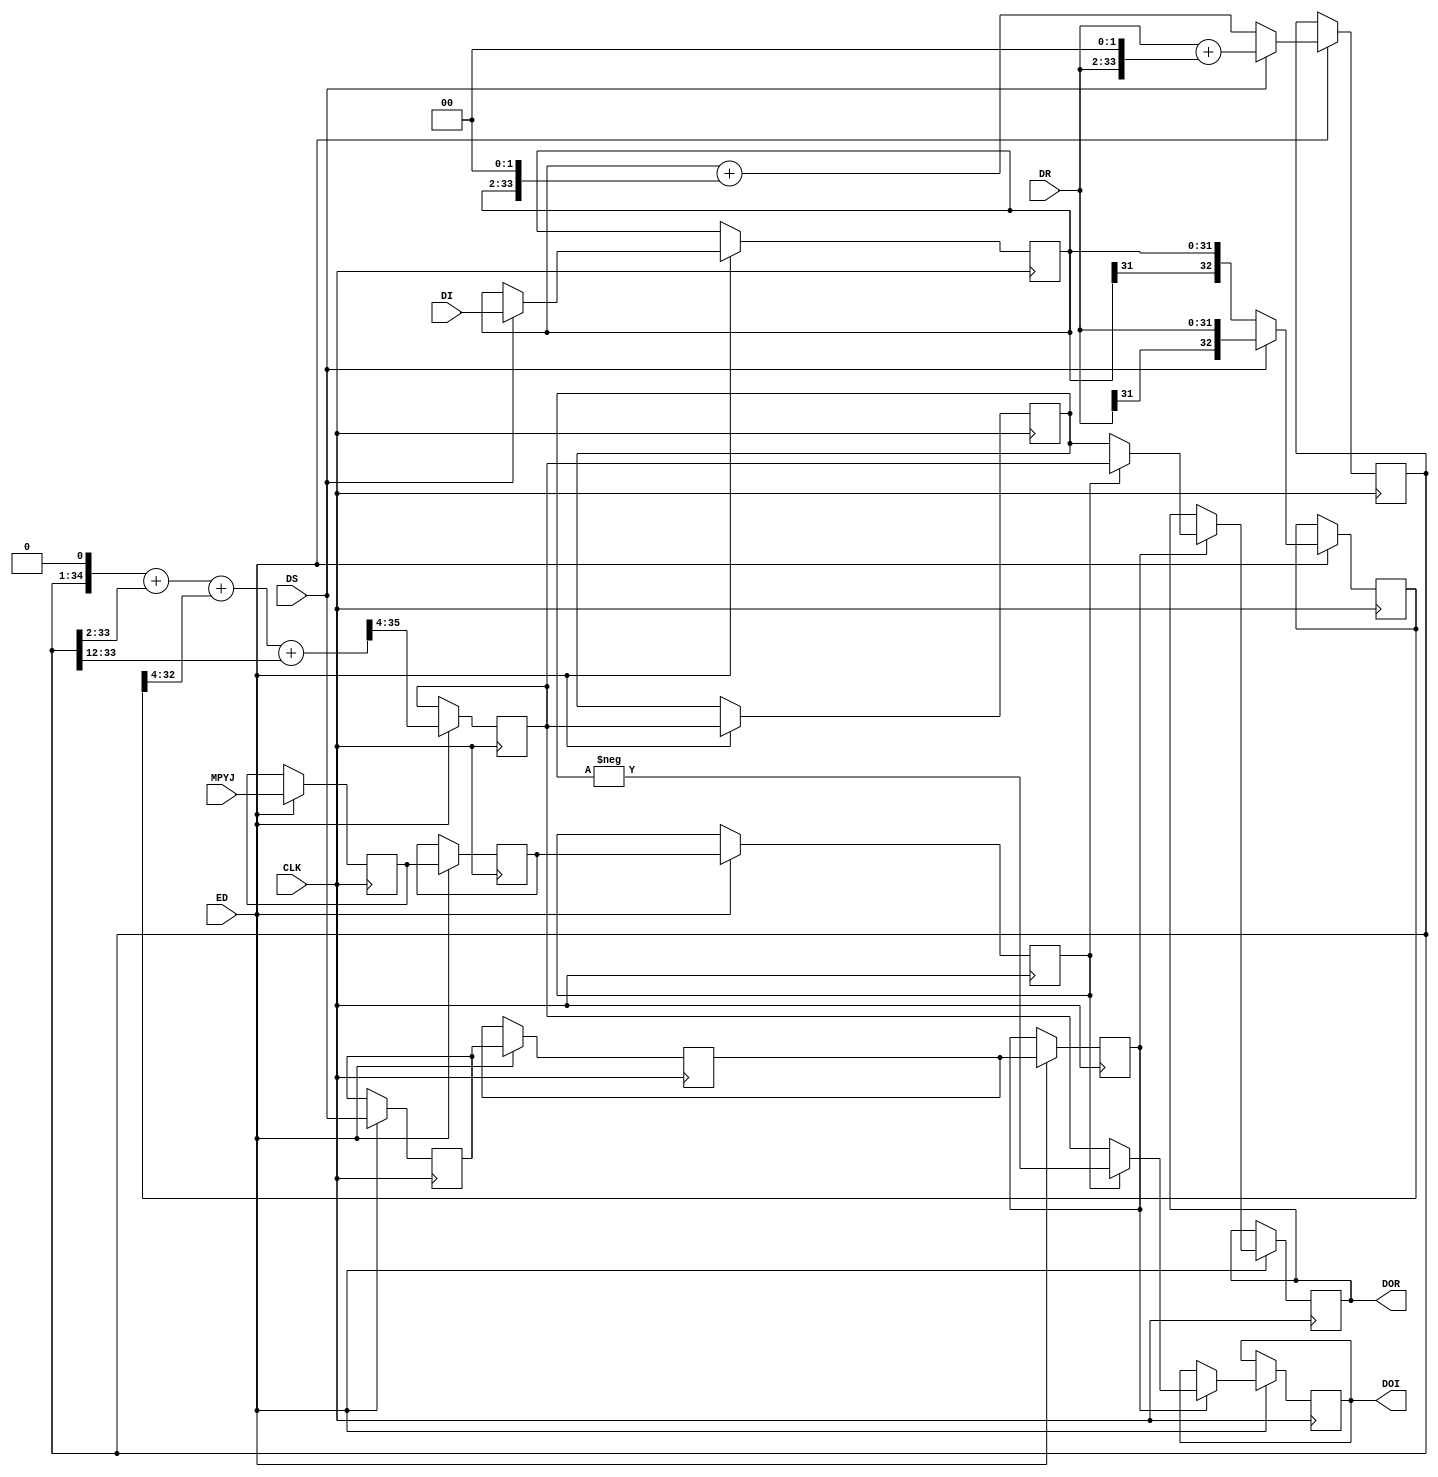
module MPUC707 ( CLK,ED, DS, MPYJ,DR,DI ,DOR ,DOI  );
	
//	MPUC707 #(nb+2) UM707(.CLK(CLK),.ED(ED), .DS(es), .MPYJ(mpyj) ,
parameter total_bits = 32;
	
	input CLK ;
	wire CLK ;
	input DS ;					//data strobe
	wire DS ;
	input ED; 					 //slowdown
	input MPYJ ;				//the result is multiplied by -j
	wire MPYJ ;
	input [total_bits-1:0] DR ;
	wire signed [total_bits-1:0] DR ;
	input [total_bits-1:0] DI ;
	wire signed [total_bits-1:0] DI ;	   
	
	output [total_bits-1:0] DOR ;
	reg [total_bits-1:0] DOR ;	
	output [total_bits-1:0] DOI ;
	reg [total_bits-1:0] DOI ;	 
	
	reg signed [total_bits+1 :0] dx5;	 
	reg signed	[total_bits : 0] dt;		   
	reg signed	[total_bits-1 : 0] dii;		   
	wire signed [total_bits+2 : 0]  dx5p; 
	wire  signed  [total_bits+3 : 0] dot;	
	reg edd,edd2, edd3;        		//delayed data enable impulse        
	reg mpyjd,mpyjd2,mpyjd3;
	reg [total_bits-1:0] doo ;	
	reg [total_bits-1:0] droo ;	
	
	always @(posedge CLK)
		begin
			if (ED) begin	  
					edd<=DS;
					edd2<=edd;	
					edd3<=edd2;	
					mpyjd<=MPYJ;
					mpyjd2<=mpyjd;
					mpyjd3<=mpyjd2;
					if (DS)	 begin
							dx5<=DR+(DR <<2);	 //multiply by 5 
							dt<=DR;	  
							dii<=DI;
						end
					else	 begin
							dx5<=dii+(dii <<2);	 //multiply by 5
							dt<=dii;
						end
					doo<=(dot >>>4) ;	
					droo<=doo;	
					if (edd3) 	 
						if (mpyjd3) begin
								DOR<=doo;
							DOI<= - droo; end
						else begin
								DOR<=droo;
							DOI<=  doo; end					
				end 
		end		
		
	assign	dx5p=(dx5<<1)+(dx5>>>2);		// multiply by 101101		 	
	
	assign   dot=	dx5p+(dt>>>4)+(dx5>>>12);//	(dt>>>9);   // multiply by 10110101000000101	      
	
	
	
endmodule